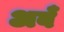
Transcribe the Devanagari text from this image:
अबँ